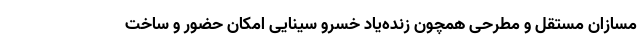
مسازان مستقل و مطرحی همچون زنده‌یاد خسرو سینایی امکان حضور و ساخت